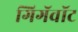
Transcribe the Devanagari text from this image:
गिगॅवॉट